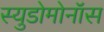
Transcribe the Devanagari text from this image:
स्युडोमोनॉस